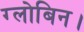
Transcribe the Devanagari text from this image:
ग्लोबिन।